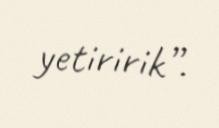
yetiririk”.